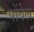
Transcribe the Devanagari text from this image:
पोंवेल